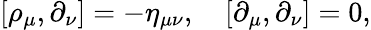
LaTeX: [\rho_{\mu},\partial_{\nu}]=-\eta_{\mu\nu},\quad[\partial_{\mu},\partial_{\nu}]=0,